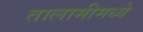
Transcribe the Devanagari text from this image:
तालामीमध्ये